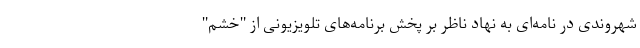
شهروندی در نامه‌ای به نهاد ناظر بر پخش برنامه‌های تلویزیونی از "خشم"